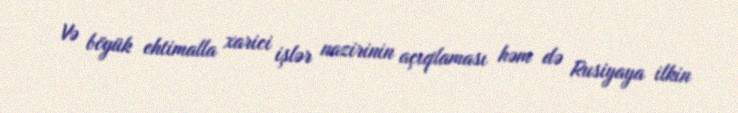
Və böyük ehtimalla xarici işlər nazirinin açıqlaması həm də Rusiyaya ilkin